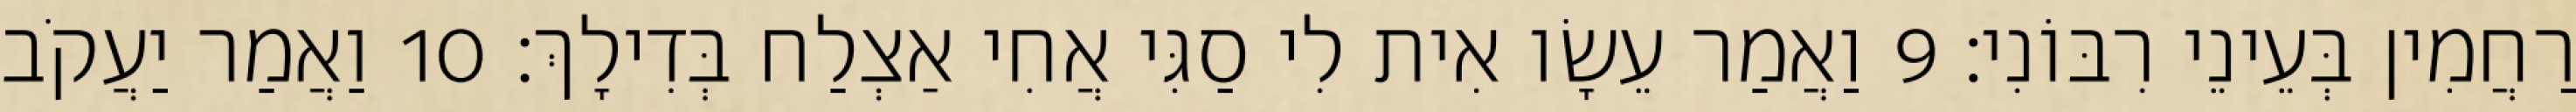
רַחֲמִין בְּעֵינֵי רִבּוֹנִי׃ 9 וַאֲמַר עֵשָׂו אִית לִי סַגִּי אֲחִי אַצְלַח בְּדִילָךְ׃ 10 וַאֲמַר יַעֲקֹב